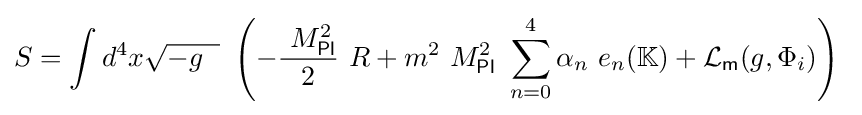
S=\int d^{4}x{\sqrt {-g\;~}}\ \left(-{\frac {\ M_{\mathsf {Pl}}^{2}}{2}}\ R+m^{2}\ M_{\mathsf {Pl}}^{2}\ \sum _{n=0}^{4}\alpha _{n}\ e_{n}\!\left(\mathbb {K} \right)+{\mathcal {L}}_{\mathsf {m}}\!\left(g,\Phi _{i}\right)\right)\